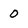
Character: 0